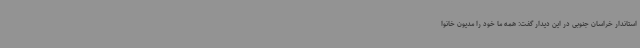
استاندار خراسان جنوبی در این دیدار گفت: همه ما خود را مدیون خانوا